Report of the Indian Hemp Drugs Commission, 1894-1895 - Volume IV
Year: 1894
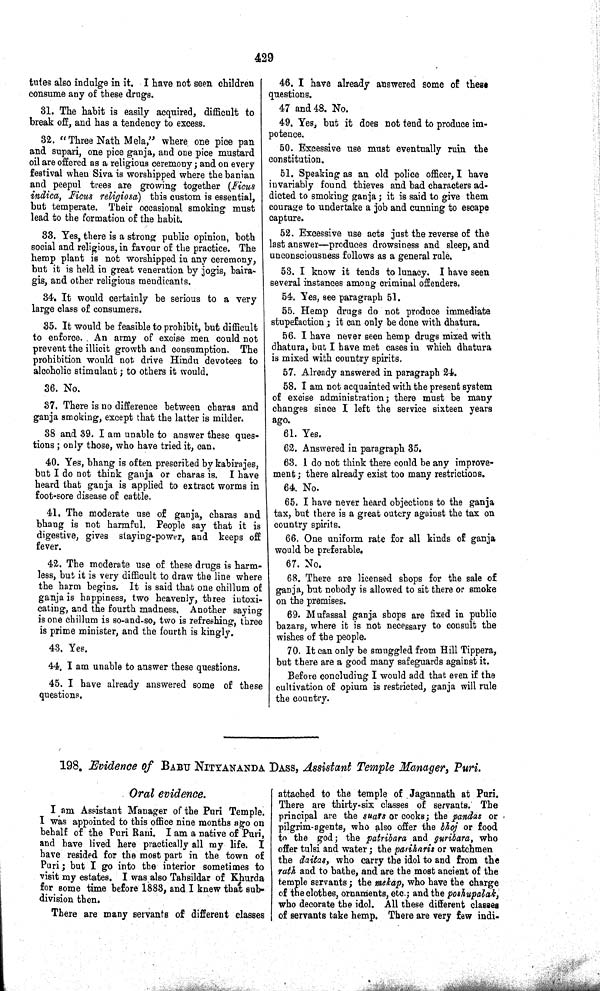
429
tutes also indulge in it. I have not seen children
consume any of these drugs.
31. The habit is easily acquired, difficult to
break off, and has a tendency to excess.
32. "Three Nath Mela," where one pice pan
and supari, one pice ganja, and one pice mustard
oil are offered as a religious ceremony; and on every
festival when Siva is worshipped where the banian
and peepul trees are growing together (Ficus
indica, Ficus religiosa) this custom is essential,
but temperate. Their occasional smoking must
lead to the formation of the habit.
33. Yes, there is a strong public opinion, both
social and religious, in favour of the practice. The
hemp plant is not worshipped in any ceremony,
but it is held in great veneration by jogis, baira-
gis, and other religious mendicants.
34. It would certainly be serious to a very
large class of consumers.
35. It would be feasible to prohibit, but difficult
to enforce. An army of excise men could not
prevent the illicit growth and consumption. The
prohibition would not drive Hindu devotees to
alcoholic stimulant; to others it would.
36. No.
37. There is no difference between charas and
ganja smoking, except that the latter is milder.
38 and 39. I am unable to answer these ques-
tions; only those, who have tried it, can.
40. Yes, bhang is often prescribed by kabirajes,
but I do not think ganja or charas is. I have
heard that ganja is applied to extract worms in
foot-sore disease of cattle.
41. The moderate use of ganja, charas and
bhang is not harmful. People say that it is
digestive, gives staying-power, and keeps off
fever.
42. The moderate use of these drugs is harm-
less, but it is very difficult to draw the line where
the harm begins. It is said that one chillum of
ganja is happiness, two heavenly, three intoxi-
cating, and the fourth madness. Another saying
is one chillum is so-and-so, two is refreshing, three
is prime minister, and the fourth is kingly.
43. Yes.
44. I am unable to answer these questions.
45. I have already answered some of these
questions.
46. I have already answered some of these
questions.
47 and 48. No.
49. Yes, but it does not tend to produce im-
potence.
50. Excessive use must eventually ruin the
constitution.
51. Speaking as an old police officer, I have
invariably found thieves and bad characters ad-
dicted to smoking ganja; it is said to give them
courage to undertake a job and cunning to escape
capture.
52. Excessive use acts just the reverse of the
last answer—produces drowsiness and sleep, and
unconsciousness follows as a general rule.
53. I know it tends to lunacy. I have seen
several instances among criminal offenders.
54. Yes, see paragraph 51.
55. Hemp drugs do not produce immediate
stupefaction; it can only be done with dhatura.
56. I have never seen hemp drugs mixed with
dhatura, but I have met cases in which dhatura
is mixed with country spirits.
57. Already answered in paragraph 24.
58. I am not acquainted with the present system
of excise administration; there must be many
changes since I left the service sixteen years
ago.
61. Yes.
62. Answered in paragraph 35.
63. 1 do not think there could be any improve-
ment; there already exist too many restrictions.
64. No.
65. I have never heard objections to the ganja
tax, but there is a great outcry against the tax on
country spirits.
66. One uniform rate for all kinds of ganja
would be preferable.
67. No.
68. There are licensed shops for the sale of
ganja, but nobody is allowed to sit there or smoke
on the premises.
69. Mufassal ganja shops are fixed in public
bazars, where it is not necessary to consult the
wishes of the people.
70. It can only be smuggled from Hill Tippera,
but there are a good many safeguards against it.
Before concluding I would add that even if the
cultivation of opium is restricted, ganja will rule
the country.
198. Evidence of BABU NITYANANDA DASS, Assistant Temple Manager, Puri.
Oral evidence.
I am Assistant Manager of the Puri Temple.
I was appointed to this office nine months ago on
behalf of the Puri Rani. I am a native of Puri,
and have lived here practically all my life. I
have resided for the most part in the town of
Puri; but I go into the interior sometimes to
visit my estates. I was also Tahsildar of Khurda
for some time before 1883, and I knew that sub-
division then.
There are many servants of different classes
attached to the temple of Jagannath at Puri.
There are thirty-six classes of servants. The
principal are the suars or cooks; the pandas or
pilgrim-agents, who also offer the bhoj or food
to the god; the patribara and guribara, who
offer tulsi and water; the pariharis or watchmen
the daitas, who carry the idol to and from the
rath and to bathe, and are the most ancient of the
temple servants; the mekap, who have the charge
of the clothes, ornaments, etc.; and the poshupalak,
who decorate the idol. All these different classes
of servants take hemp. There are very few indi-